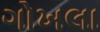
ગોખલા